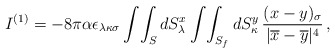
\begin{align*}I^{(1)} = -8 \pi \alpha \epsilon_{\lambda\kappa\sigma} \int\!\int_S dS_\lambda^x \int\!\int_{S_f} dS^y_\kappa \, \frac{(x-y)_\sigma}{|\overline{x} - \overline{y} |^4}\, ,\end{align*}